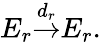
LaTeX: E_{r}{\overset{d_{r}}{\to}}E_{r}.